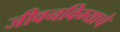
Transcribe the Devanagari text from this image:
जीवनविम्याचे